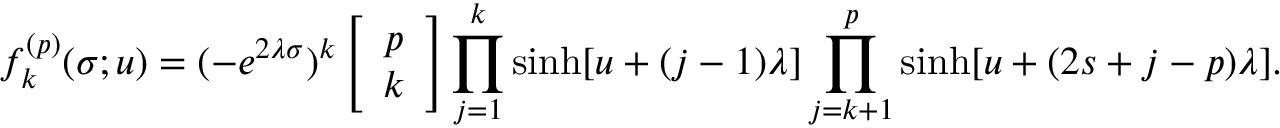
f _ { k } ^ { ( p ) } ( \sigma ; u ) = ( - e ^ { 2 \lambda \sigma } ) ^ { k } \left[ \begin{array} { c } { { p } } \\ { { k } } \end{array} \right] \prod _ { j = 1 } ^ { k } \sinh [ u + ( j - 1 ) \lambda ] \prod _ { j = k + 1 } ^ { p } \sinh [ u + ( 2 s + j - p ) \lambda ] .